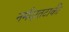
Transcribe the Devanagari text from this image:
नर्मदातटाकी